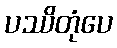
ပဿိတုံပေ